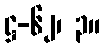
ဋ္ဌ-၆၂၊ ၃။